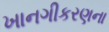
ખાનગીકરણના